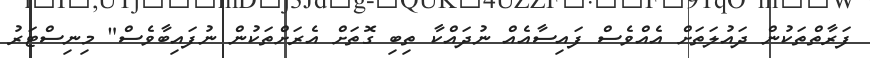
ފަރާތްތަކުން ދައުލަތަށް އެއްވެސް ފައިސާއެއް ނުދައްކާ ތިބި ގޮތަށް އެރަށްތަކުން ނުފައިބާވެސް" މިނިސްޓަރު